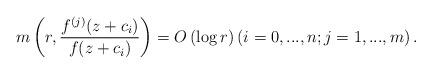
LaTeX: \begin{align*}m\left( r,\frac{f^{(j)}(z+c_{i})}{f(z+c_{i})}\right) =O\left( \log r\right)\left( i=0,...,n;j=1,...,m\right) . \end{align*}